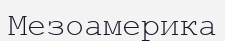
Мезоамерика